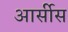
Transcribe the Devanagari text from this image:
आर्सीस